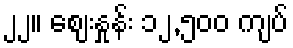
၂၂။ စျေးနှုန်း ၁၂,၅၀၀ ကျပ်